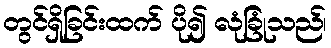
တွင်ရှိခြင်းထက် ပို၍ လုံခြုံသည်၊